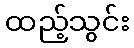
ထည့်သွင်း